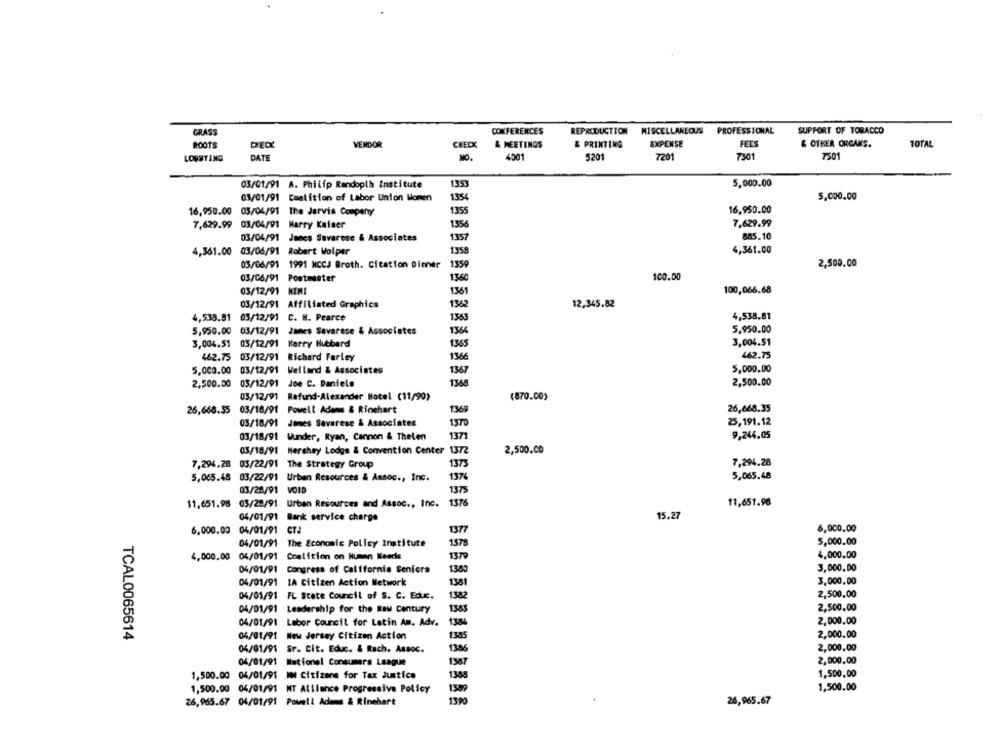
GRASS
CONFERENCES
REPRODUCTION
MISCELLANEOUS PROFESSIONAL
SUPPORT OF TOBACCO
ROOTS
DECK
VENDOR
CHECX
& MEETINGS
& PRINTING
EXPENSE
FEES
& OTHER ORGANS.
TOTA
LOURTING
DATE
4001
5201
7201
7301
7501
03/01/91 A. Philip Randoplh Institute
1353
5,000.00
03/01/91 Coalition of Labor Union Women
1354
5,000.00
16,950.00 03/04/91 The Jarvis Company
1355
16,950.00
7,629.99
03/04/91 Harry Kaiser
1356
7,629.99
03/04/91
Joncs Savarese & Associates
1357
885.10
4,361.00
4,361.00 03/06/91 Robert Wolper
1358
03/06/91 1991 NCCJ Broth. Citation Dinner
1359
2,500.00
03/06/91 Postmaster
1350
100.00
03/12/91 NEMI
1361
100,066.68
03/12/91 Affiliated Graphics
1362
12,345.82
4,538.81
4,538.81 03/12/91 C. B. Pearce
1363
5,950.00 03/12/91 James Savarese & Associates
1364
5,950.00
3,004.51 05/12/91 Kerry Hubbard
1365
3,004.51
1366
462.75
462.75 03/12/91 Richard Farley
5,000.00 03/12/91 Welland & Associates
1367
5,000.00
2,500.00
03/12/91 Joe C. Daniela
1368
2,500.00
03/12/91 Refund-Alexander Hotel (11/90)
(870.00)
1369
26,668.35
26,668.35 03/18/91 Powell Adams & Rinehart
03/18/91
Jones Savarese & Associates
1370
25,191.12
03/18/91 Wunder, Ryan, Cannon & Thelen
1371
9,244.05
03/18/91 Hershey Lodge & Convention Center
2,500.00
7,294.28 03/22/91 The Strategy Group
1373
7,294.28
5,065.48
5,065.48
03/22/91 Urban Resources & Assoc ., Inc.
137%
03/20/91 VOID
1375
11,651.98 03/28/91 Urban Resources and Assoc ., Inc.
1376
11,651.96
04/01/91
Bank service charge
15.27
6,000.00
6,000.00
04/01/91 CT:
1377
04/01/91 The Economic Policy Institute
1578
5,000,00
4,000.00
04/01/91
Coalition on Human Keade
1379
4,000.00
04/01/91
Congress of California Seniora
1363
3,000.00
3.000.00
04/01/91
IA Citizen Action Network
1381
04/01/91 FL State Council of S. C. Educ.
1382
2,500.00
04/01/91 Leadership for the New century
1383
2,500.00
04/01/91
Labor Council for Latin Am. Adv.
1384
2,000.00
2,000.00
TCAL0065614
04/01/91
New Jersey Citizen Action
1385
04/01/91
2,000,00
Sr. Cit. Educ. & Rach. Assoc.
1386
04/01/91
Mationel Consumers League
1387
2,000,00
1,500.00 04/01/91
IN Citizens for Tax Justice
1388
1,500,00
1,500.00 04/01/91 MT Alilance Progressive Policy
1309
1,500.00
26,965.67 04/01/91
Powell Adams & Rinehart
1390
26,965.67